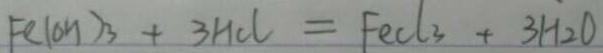
F e ( O H ) _ { 3 } + 3 H C l = F e C l 3 + 3 H _ { 2 } O